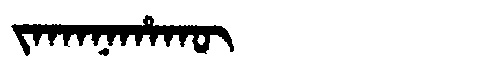
Manchu: ᠵᠠᡴᠠᠨᠠᡥᠠᡴᡡ
Romanization: JAKANAHAKŪ